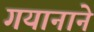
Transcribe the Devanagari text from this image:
गयानाने